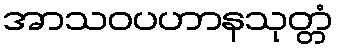
အာသဝပဟာနသုတ္တံ